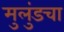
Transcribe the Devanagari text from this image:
मुलुंडचा